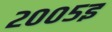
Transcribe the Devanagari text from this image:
२००५इ